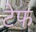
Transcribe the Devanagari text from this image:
टेफ